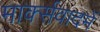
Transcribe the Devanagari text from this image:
मार्क्सवादमें